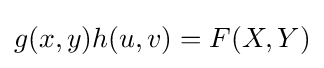
g(x,y)h(u,v)=F(X,Y)